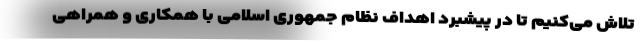
تلاش می‌کنیم تا در پیشبرد اهداف نظام جمهوری اسلامی با همکاری و همراهی